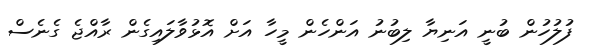
ފުލުހުން ބުނީ އަނިޔާ ލިބުނު އަންހެން މީހާ އަށް އޮޅުވާލައިގެން ރާއްޖެ ގެނެސް